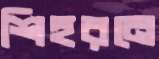
শিহরনে